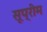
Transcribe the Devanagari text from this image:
सूप्रीम